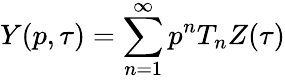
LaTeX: Y(p,\tau)=\sum_{n=1}^{\infty}p^{n}T_{n}Z(\tau)